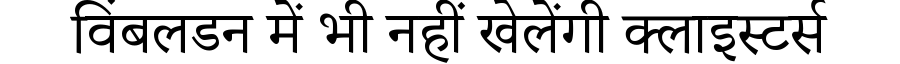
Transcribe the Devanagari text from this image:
विंबलडन में भी नहीं खेलेंगी क्लाइस्टर्स